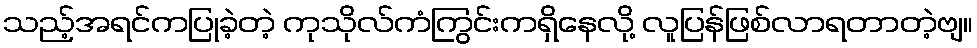
သည့်အရင်ကပြုခဲ့တဲ့ ကုသိုလ်ကံကြွင်းကရှိနေလို့ လူပြန်ဖြစ်လာရတာတဲ့ဗျ။